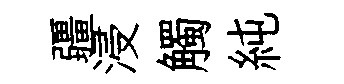
疆浸觸純